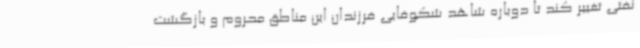
نفتی تغییر کند تا دوباره شاهد شکوفایی فرزندان این مناطق محروم و بازگشت